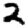
Digit: 2